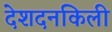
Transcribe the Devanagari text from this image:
देशदनकिली